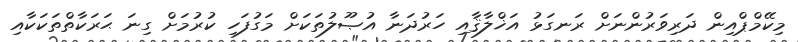
މިކޭމްޕްއިން ދަރިވަރުންނަށް ރަނގަޅު އަޚްލާޤާއި ހަރުދަނާ އުޞޫލުތަކަށް މަގުފަހި ކުރުމަށް ގިނަ ޙަރަކާތްތަކަކާއި